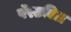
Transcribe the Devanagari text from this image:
पॅरटबिल